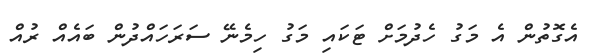
އެގޮތުން އެ މަގު ހެދުމަށް ޓަކައި މަގު ހިމެނޭ ސަރަހައްދުން ބައެއް ރުއް